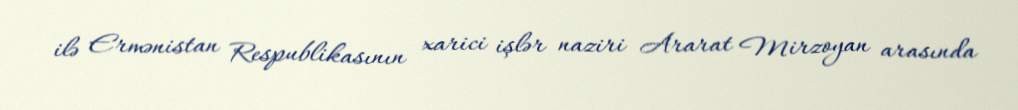
ilə Ermənistan Respublikasının xarici işlər naziri Ararat Mirzoyan arasında